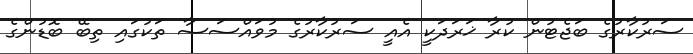
ސަރުކާރުގެ ބަޖެޓުން ކުރާ ޚަރަދަކީ އެއީ ސަރުކާރުގެ މުވައްސަސާ ތަކުގައި ތިބޭ ބޮޑުންގެ